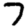
Digit: 7